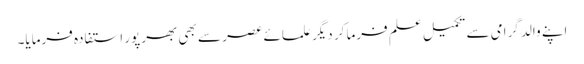
اپنے والد گرامی سے تکمیلِ علم فرما کر دیگر علمائے عصر سے بھی بھرپور استفادہ فرمایا۔